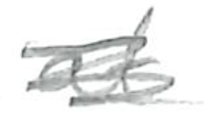
Text: at
Cross-out: mix
Writing tool: pencil